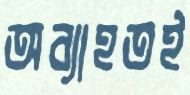
অব্যাহতই